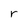
Character: r